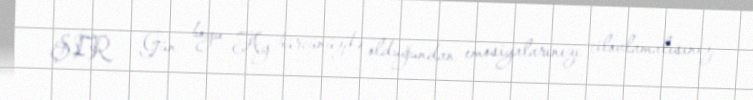
ŞİR - Gün boyu Ay bürcünüzdə olduğundan emosiyalarınızı cilovlamalısınız.